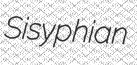
Sisyphian